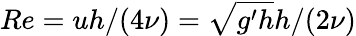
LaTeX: Re=uh/(4\nu)=\sqrt{g^{\prime}h}h/(2\nu)